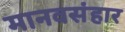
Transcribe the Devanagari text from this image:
मानवसंहार